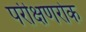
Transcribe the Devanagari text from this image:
परीक्षणरोक